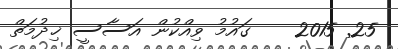
25